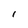
Character: I